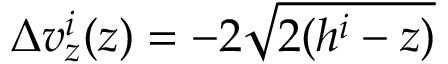
\Delta v _ { z } ^ { i } ( z ) = - 2 \sqrt { 2 ( h ^ { i } - z ) }